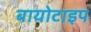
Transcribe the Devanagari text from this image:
बायोटाइप